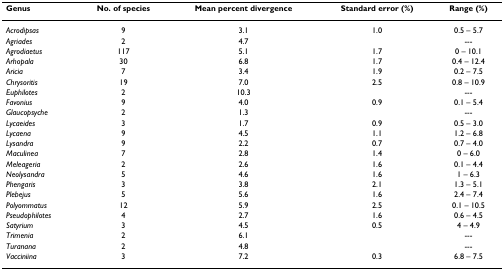
| Genus | No. of species | Mean percent divergence | Standard error (%) | Range (%) |
 | --- | --- | --- | --- | --- |
 | Acrodipsas | 9 | 3.1 | 1.0 | 0.5 – 5.7 |
 | Agriades | 2 | 4.7 |  | --- |
 | Agrodiaetus | 117 | 5.1 | 1.7 | 0 – 10.1 |
 | Arhopala | 30 | 6.8 | 1.7 | 0.4 – 12.4 |
 | Aricia | 7 | 3.4 | 1.9 | 0.2 – 7.5 |
 | Chrysoritis | 19 | 7.0 | 2.5 | 0.8 – 10.9 |
 | Euphilotes | 2 | 10.3 |  | --- |
 | Favonius | 9 | 4.0 | 0.9 | 0.1 – 5.4 |
 | Glaucopsyche | 2 | 1.3 |  | --- |
 | Lycaeides | 3 | 1.7 | 0.9 | 0.5 – 3.0 |
 | Lycaena | 9 | 4.5 | 1.1 | 1.2 – 6.8 |
 | Lysandra | 9 | 2.2 | 0.7 | 0.7 – 4.0 |
 | Maculinea | 7 | 2.8 | 1.4 | 0 – 6.0 |
 | Meleageria | 2 | 2.6 | 1.6 | 0.1 – 4.4 |
 | Neolysandra | 5 | 4.6 | 1.6 | 1 – 6.3 |
 | Phengaris | 3 | 3.8 | 2.1 | 1.3 – 5.1 |
 | Plebejus | 5 | 5.6 | 1.6 | 2.4 – 7.4 |
 | Polyommatus | 12 | 5.9 | 2.5 | 0.1 – 10.5 |
 | Pseudophilotes | 4 | 2.7 | 1.6 | 0.6 – 4.5 |
 | Satyrium | 3 | 4.5 | 0.5 | 4 – 4.9 |
 | Trimenia | 2 | 6.1 |  | --- |
 | Turanana | 2 | 4.8 |  | --- |
 | Vacciniina | 3 | 7.2 | 0.3 | 6.8 – 7.5 |